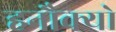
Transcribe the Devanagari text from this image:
हनौक्यो